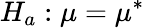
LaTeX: H_{a}:\mu=\mu^{*}